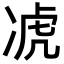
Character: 𪞣